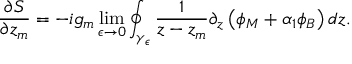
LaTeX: \frac { \partial S } { \partial z _ { m } } = - i g _ { m } \operatorname * { l i m } _ { \epsilon \rightarrow 0 } \oint _ { \gamma _ { \epsilon } } \frac { 1 } { z - z _ { m } } \partial _ { z } \left( \phi _ { M } + \alpha _ { 1 } \phi _ { B } \right) d z .